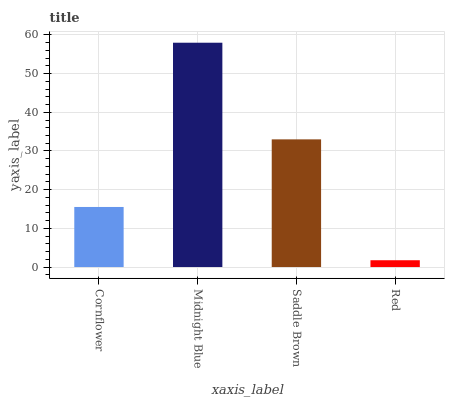
| xaxis_label | bars |
 | --- | --- |
 | Cornflower | 15.5 |
 | Midnight Blue | 58 |
 | Saddle Brown | 33 |
 | Red | 1.76 |